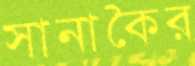
সানাকৈর